Leprosy in India: report of the Leprosy Commission in India, 1890-91
Year: 1890
Disease focus: Leprosy
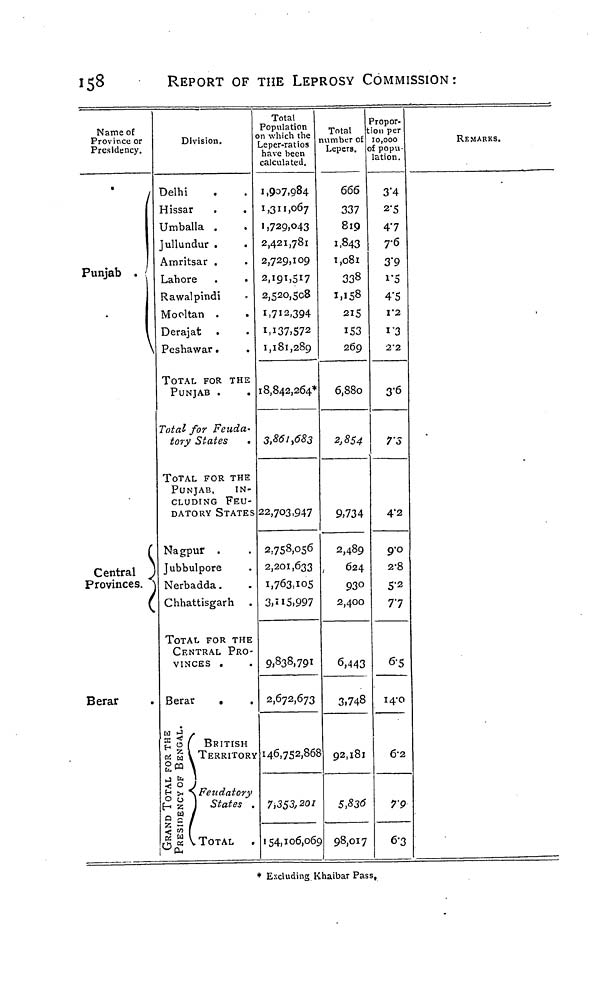
158
REPORT OF THE LEPROSY COMMISSION:
Name of
Province or
Presidency.
Punjab
\
Central
Provinces
(
Berar
Division
Delhi
Hissar
Umballa .
Jullundur .
.
Amritsar .
Lahore
Rawalpindi
Mooltan .
Derajat
Peshawar.
.
TOTAL FOR THE
PUNJAB .
Total for Feuda-
tory States
TOTAL FOR THE
PUNJAB,
IN-
CLUDING FEU-
DATORY STATES
Nagpur .
Jubbulpore
Nerbadda.
Chhattisgarh
TOTAL FOR THE
CENTRAL PRO-
VINCES .
Berar
.
GRAND TOTAL FOR THE
PRESIDENCY OF BENGAL.
BRITISH
TERRITORY
Feudatory
1 States .
TOTAL
Total
Population
on which the
Leper-ratios
have been
calculated.
1,907,084
1,311,067
1,729,043
2,421,781
2,729,109
2,191.517
2,520,508
1,712,394
1,137,572
1,181,289
18,842,264*
3,861,683
22,703,947
2,753,056
2,201,633
1,763,105
3,115,997
9,838,791
2,672,673
146,752,868
7,333,201
154,106,069
Total
number of
Lepers.
666
337
819
1,843
1,081
338
1,158
215
153
269
6,880
2,854
9,734
2,489
624
930
2,400
6,443
3,748
92,181
5,836
98,017
Propor-
:ion per
10,000
of popu-
lation.
3.4
2.5
47
76
3.9
1.5
4.5
V2
1.3
2.2
3.6
7.5
4'2
9.0
2.8
5.2
77
6.5
14.0
6.2
7.9
6.3
REMARKS.
• Excluding Khaibar Pass,